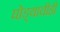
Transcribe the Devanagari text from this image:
घोड्याचीही